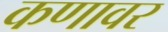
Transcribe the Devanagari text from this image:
कणावर